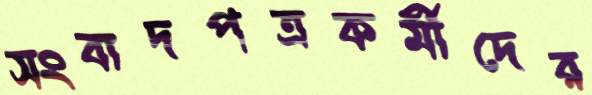
সংবাদপত্রকর্মীদের